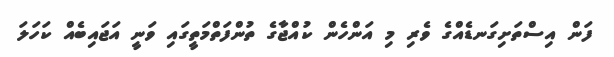
ފަން އިސްތަށިގަނޑެއްގެ ވެރި މި އަންހެން ކުއްޖާގެ ތުންފަތްމަތީގައި ވަނީ އަޖައިބެއް ކަހަލަ